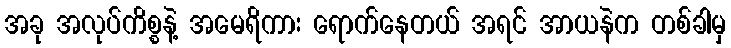
အခု အလုပ်ကိစ္စနဲ့ အမေရိကား ရောက်နေတယ် အရင် အာယနဲက တစ်ခါမှ